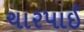
ચારપાઈ